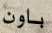
باون